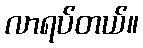
လာရပ်တယ်။